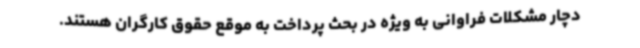
دچار مشکلات فراوانی به ویژه در بحث پرداخت به موقع حقوق کارگران هستند.